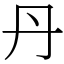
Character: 丹